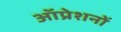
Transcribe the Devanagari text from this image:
ऑप्रेशनों